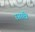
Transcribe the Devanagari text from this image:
रसावि